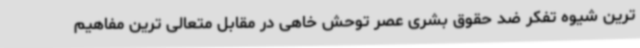
ترین شیوه تفکر ضد حقوق بشری عصر توحش خاهی در مقابل متعالی ترین مفاهیم